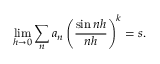
\operatorname* { l i m } _ { h \rightarrow 0 } \sum _ { n } a _ { n } \left( { \frac { \sin n h } { n h } } \right) ^ { k } = s .